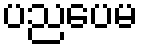
ပညပေမ